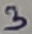
Text: 3